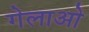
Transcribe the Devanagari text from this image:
गेलाओ